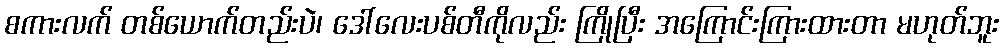
စကားလက် တစ်ယောက်တည်းပဲ၊ ဒေါ်လေးပစ်တီကိုလည်း ကြိုပြီး အကြောင်းကြားထားတာ မဟုတ်ဘူး